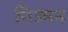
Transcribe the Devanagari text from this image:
निउमन